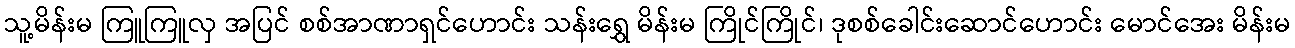
သူ့မိန်းမ ကြူကြူလှ အပြင် စစ်အာဏာရှင်ဟောင်း သန်းရွှေ မိန်းမ ကြိုင်ကြိုင်၊ ဒုစစ်ခေါင်းဆောင်ဟောင်း မောင်အေး မိန်းမ